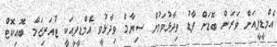
އެމްޑީޕީއަށް ވަރަށް ބޮޑަށް ފާޑު ވިދާޅުވަމުން ސިޔާމް ވިދާޅުވީ އެމްޑީޕީއަކީ ޓުއަރިޒަމް ބޮއިކޮޓް